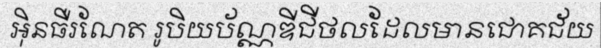
អ៊ិនធឺរណែត រូបិយប័ណ្ណឌីជីថលដែលមានជោគជ័យ